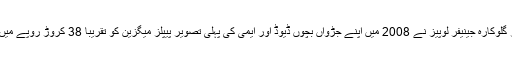
امریکا کی مشہور گلوکارہ جینیفر لوپیز نے 2008 میں اپنے جڑواں بچوں ڈیوڈ اور ایمی کی پہلی تصویر پیپلز میگزین کو تقریباً 38 کروڑ روپے میں فروخت کی تھی۔